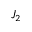
J _ { 2 }